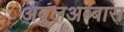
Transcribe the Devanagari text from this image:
अबुलअब्बास